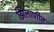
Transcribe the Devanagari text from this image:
झिलाणीत